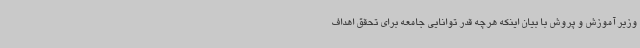
وزیر آموزش و پروش با بیان اینکه هرچه قدر توانایی جامعه برای تحقق اهداف